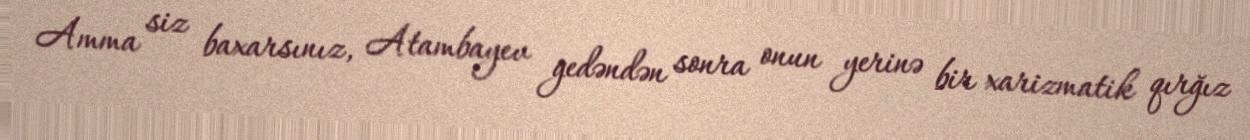
Amma siz baxarsınız, Atambayev gedəndən sonra onun yerinə bir xarizmatik qırğız